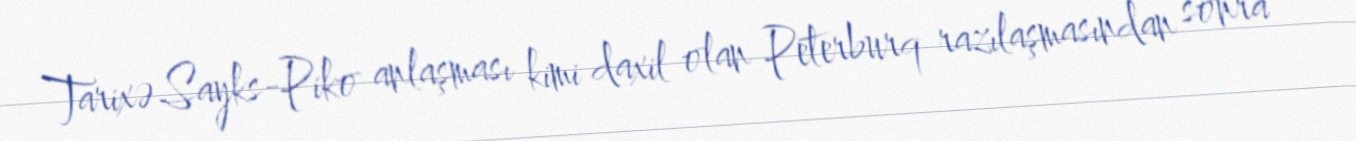
Tarixə Sayks-Piko anlaşması kimi daxil olan Peterburq razılaşmasından sonra